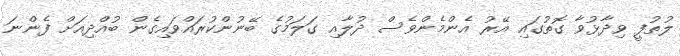
ލުތުފީ ވިދާޅުވާ ގޮތުގައި އޭރު އެންމެންވެސް ދުލާއި ގަލަމުގެ ބޭނުންކުރައްވައިގެން ބުއްދިއަށް ފެންނަ